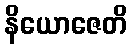
နိယောဇေတိ